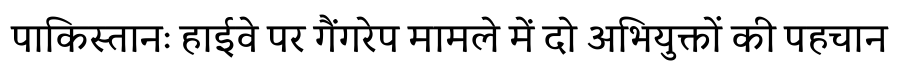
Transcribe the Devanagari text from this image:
पाकिस्तानः हाईवे पर गैंगरेप मामले में दो अभियुक्तों की पहचान